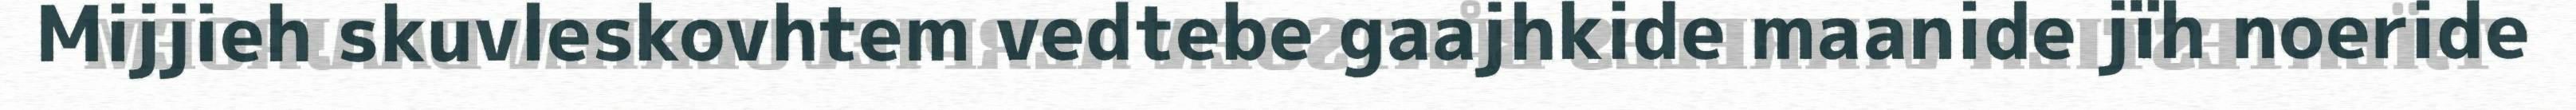
Mijjieh skuvleskovhtem vedtebe gaajhkide maanide jïh noeride